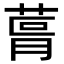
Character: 𮏨